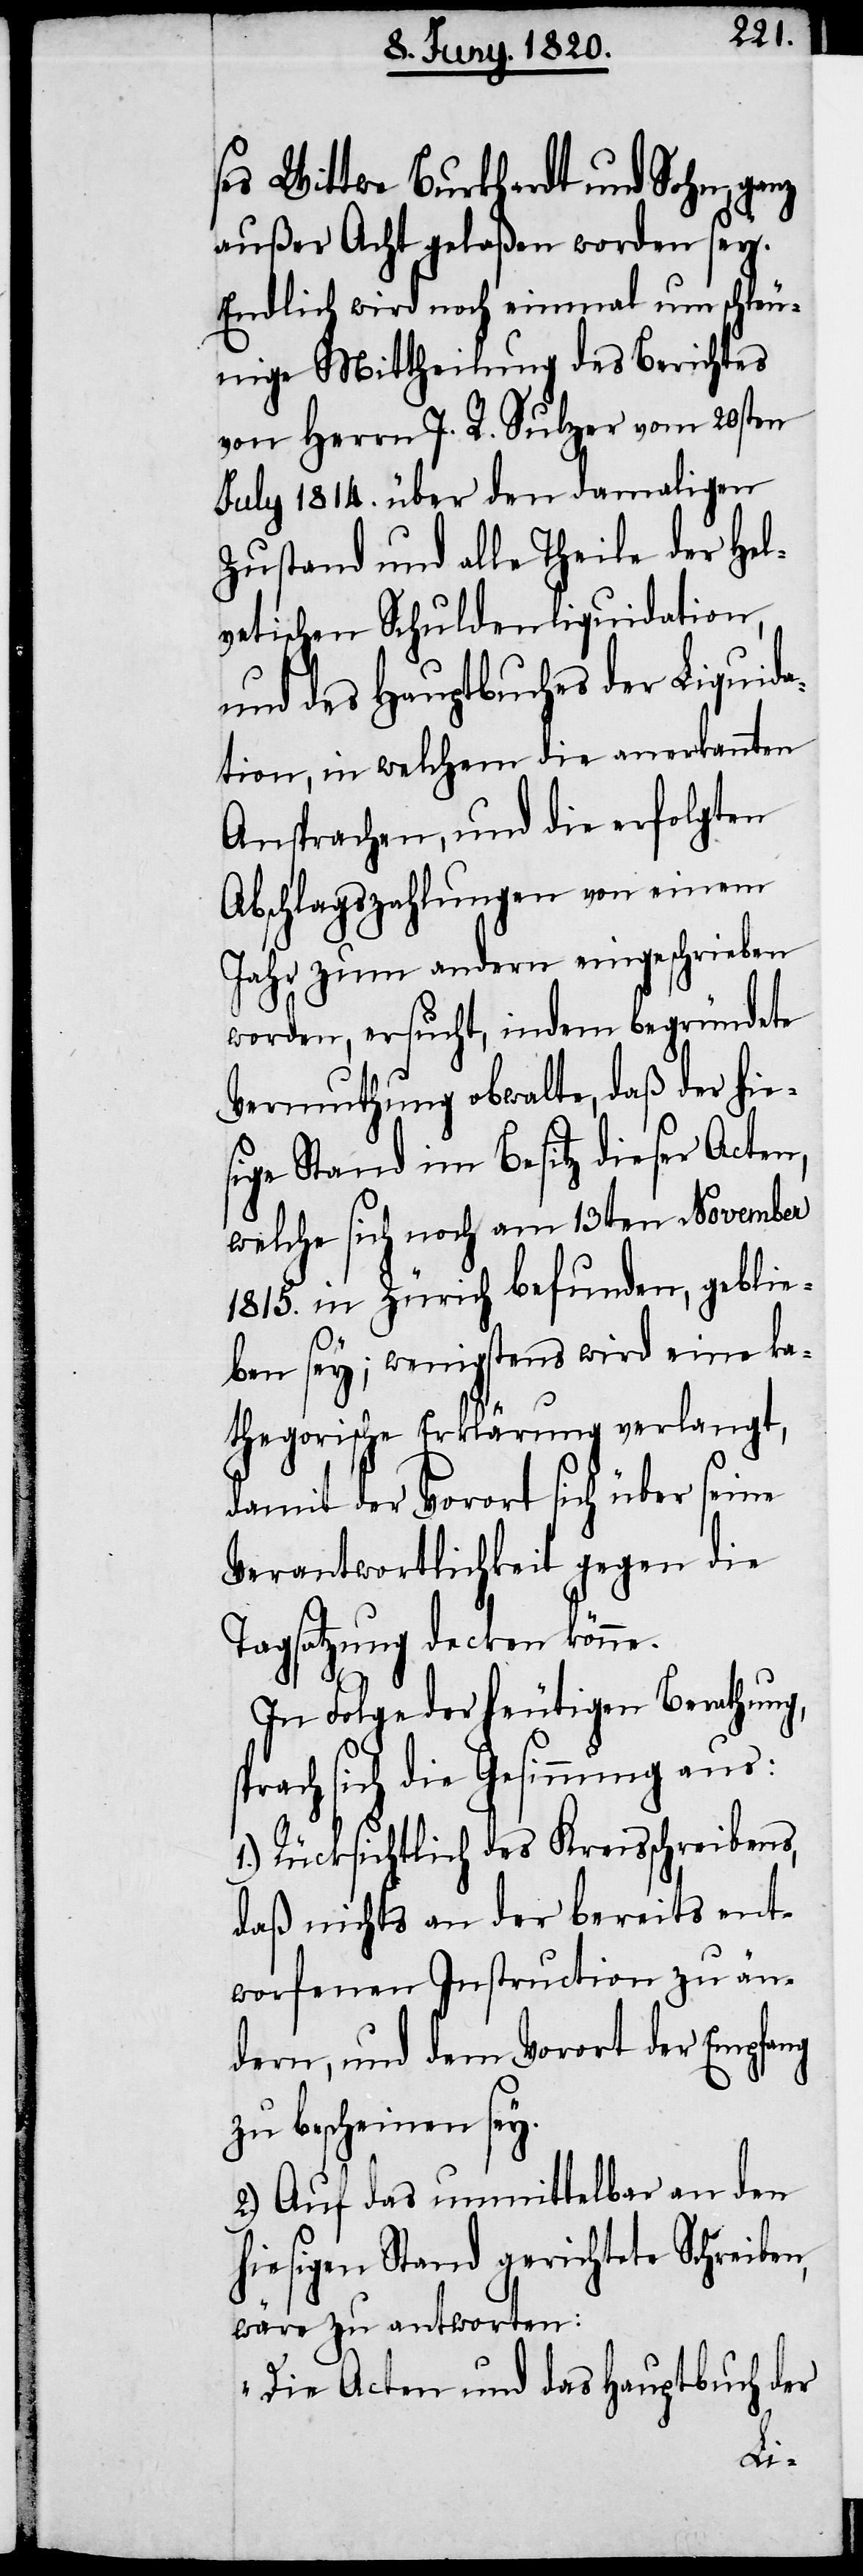
ses Wittwe Burkhardt und Sohn, ganz
außer Acht gelaßen worden sey.
Endlich wird noch einmal um schleu¬
nige Mittheilung des Berichtes
von Herrn J. R. Sulzer von 20sten
July 1814. über den damaligen
Zustand und alle Theile der hel¬
vetischen Schuldenliquidation,
und des Hauptbuches der Liquida¬
tion, in welchem die anerkannten
Ansprachen, und die erfolgten
Abschlagszahlungen von einem
Jahr zum andern eingeschrieben
worden, ersucht, indem begründete
Vermuthung obwalte, daß der hie¬
sige Stand im Besitz dieser Acten,
welche sich noch am 13ten November
1815. in Zürich befunden, geblie¬
ben sey, wenigstens wird eine ka¬
thegorische Erklärung verlangt,
damit der Vorort sich über seine
Verantwortlichkeit gegen die
Tagsatzung decken könne.
In Folge der heutigen Berathung,
prach sich die Gesinnung aus:
1.) Rücksichtlich des Kreisschreibens,
daß nichts an der bereits ent¬
worfenen Instruction zu än¬
dern, und dem Vorort der Empfang
zu bescheinen sey.
2.) Auf das unmittelbar an den
hiesigen Stand gerichtete Schreiben,
wäre zu antworten:
„Die Acten und das Hauptbuch der
s¬